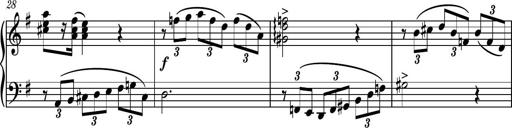
Title: Piano Sonatina No.7
Composer: Dimitri Sykias
Key: G major